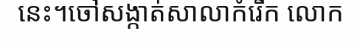
នេះ។ចៅសង្កាត់សាលាកំរើក លោក